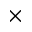
\times